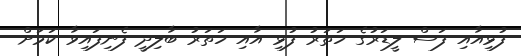
ފުޅިއާއި ފަސް ލީޑަރުގެ ހަތަރު ފުޅި އާއި ހަތަރު ބާލިދީ ފެނިފައިިވާ ކަމަށް